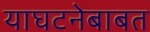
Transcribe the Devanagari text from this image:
याघटनेबाबत